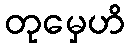
တုမှေဟိ